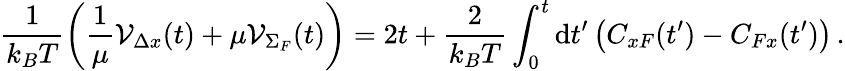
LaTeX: \frac{1}{k_{B}T}\left(\frac{1}{\mu}{\cal V}_{\Delta x}(t)+\mu{\cal V}_{\Sigma_{F}}(t)\right)=2t+\frac{2}{k_{B}T}\int_{0}^{t}\mathrm{d}t^{\prime}\left(C_{xF}(t^{\prime})-C_{Fx}(t^{\prime})\right)\, .